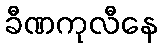
ခီဏကုလီနေ